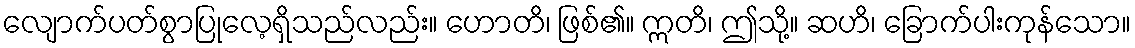
လျောက်ပတ်စွာပြုလေ့ရှိသည်လည်း။ ဟောတိ၊ ဖြစ်၏။ ဣတိ၊ ဤသို့။ ဆဟိ၊ ခြောက်ပါးကုန်သော။